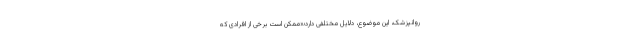
روانپزشک، این موضوع، دلایل مختلفی دارد؛«ممکن است برخی از افرادی که